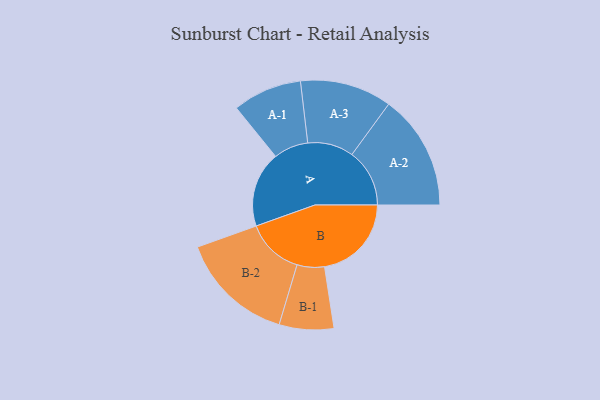
{"axis": {"x": "Segment", "y": "Value"}, "legend": ["", "A", "B"], "data": [{"x": "A", "y": 341, "type": ""}, {"x": "B", "y": 392, "type": ""}, {"x": "A-1", "y": 156, "type": "A"}, {"x": "A-2", "y": 260, "type": "A"}, {"x": "A-3", "y": 207, "type": "A"}, {"x": "B-1", "y": 123, "type": "B"}, {"x": "B-2", "y": 259, "type": "B"}]}